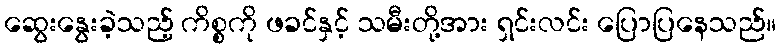
ဆွေးနွေးခဲ့သည့် ကိစ္စကို ဖခင်နှင့် သမီးတို့အား ရှင်းလင်း ပြောပြနေသည်။